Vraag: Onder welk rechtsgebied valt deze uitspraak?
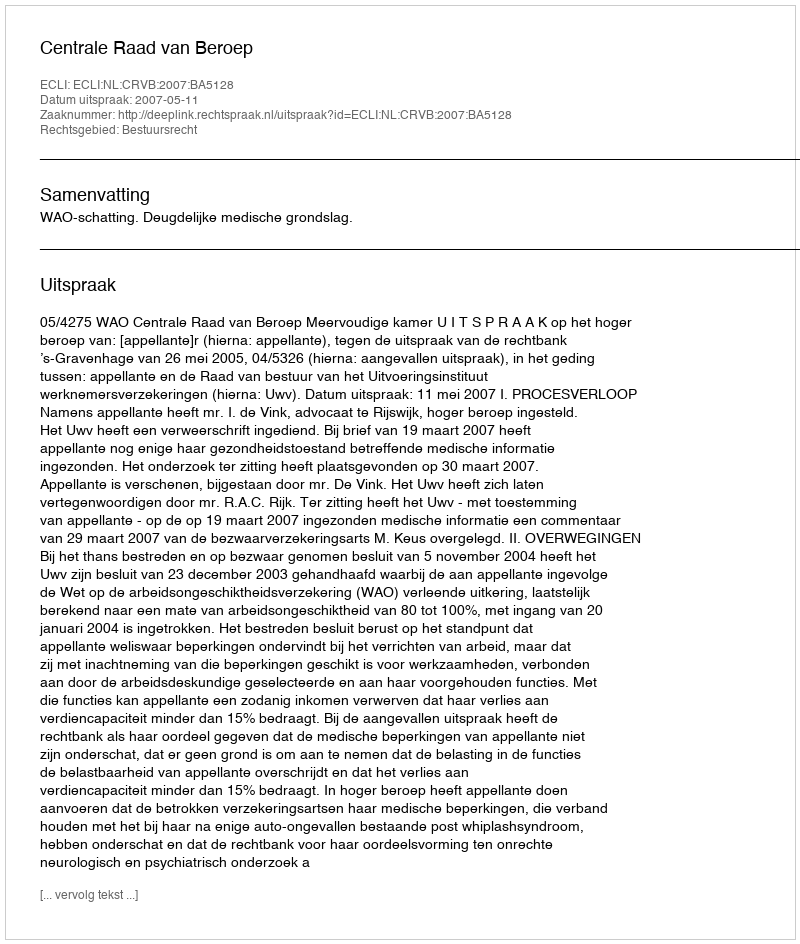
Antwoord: Bestuursrecht